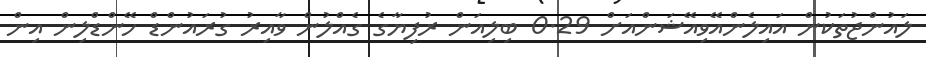
ލައުންޖުތަކުން އައިލެންއޭވިއޭޝަންއަށް 0.29 ބިލިއަން ރުފިޔާގެ ގެއްލުން ވާއިރު ގުރައުންޑް ހޭންޑްލިން އިން